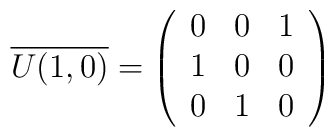
\overline{U(1,0)}=\left(\begin{array}{ccc}0 & 0 & 1 \\1 & 0 & 0 \\0 & 1 & 0\end{array}\right)